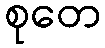
စုတေ